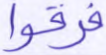
فرقوا